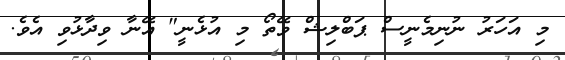
މި އަހަރު ނުނިމެނީސް ޕަބްލިޝް ވޭތޯ މި އުޅެނީ" އޭނާ ވިދާޅުވި އެވެ.